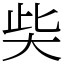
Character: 𡘌